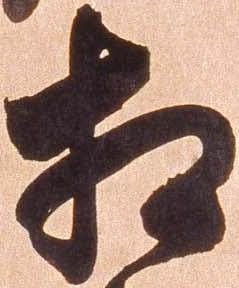
相